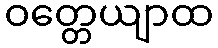
ဝတ္တေယျာထ